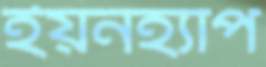
ইয়নহ্যাপ